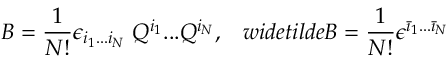
B = \frac 1 { N ! } \epsilon _ { i _ { 1 } . . . i _ { N } } \; Q ^ { i _ { 1 } } . . . Q ^ { i _ { N } } , \ \ \, w i d e t i l d e { B } = \frac 1 { N ! } \epsilon ^ { { \bar { \imath } } _ { 1 } . . . { \bar { \imath } } _ { N } } \;